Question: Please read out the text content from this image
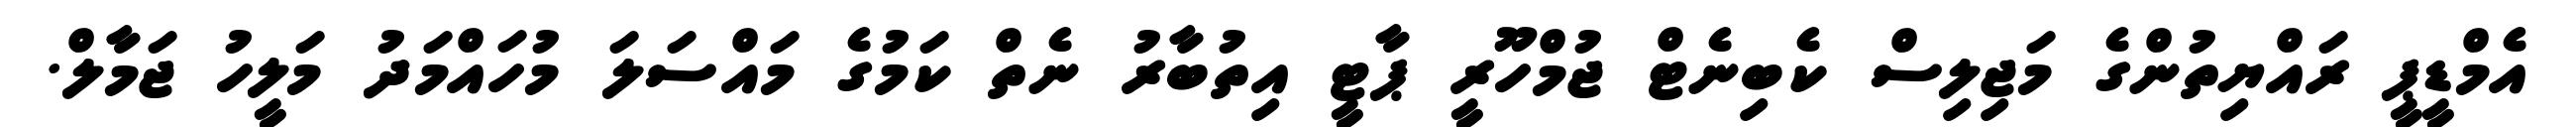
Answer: އެމްޑީޕީ ރައްޔިތުންގެ މަޖިލިސް ކެބިނެޓް ޖުމްހޫރީ ޕާޓީ އިތުބާރު ނެތް ކަމުގެ މައްސަލަ މުހައްމަދު މަލީހު ޖަމާލް.